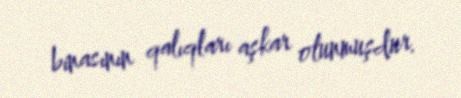
binasının qalıqları aşkar olunmuşdur.